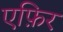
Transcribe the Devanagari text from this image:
एफ़िर